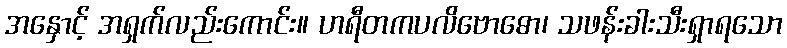
အနှောင့် အရှက်လည်းကောင်း။ ဟရီတကပလိဗောဓော၊ သဖန်းခါးသီးရှာရသော